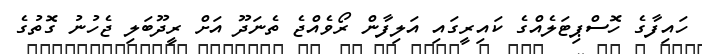
ހައިފާގެ ހޮސްޕިޓަލެއްގެ ކައިރީގައި އަލިފާން ރޯވެއްޖެ ތެނަދޫ އަށް ރީދޫބަލި ޖެހުނު ގޮތުގެ